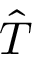
\ensuremath { \hat { T } }